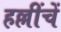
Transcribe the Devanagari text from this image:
हल्लींचें